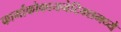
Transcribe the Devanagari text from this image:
फार्माकोकायनेटिक्समध्ये